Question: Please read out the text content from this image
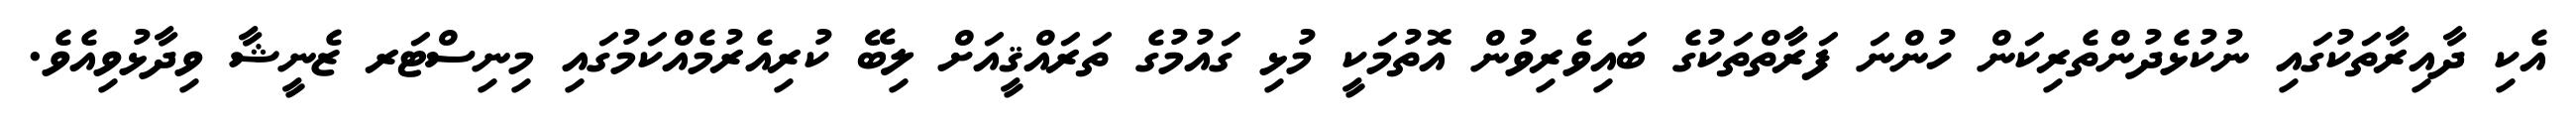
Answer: އެކި ދާއިރާތަކުގައި ނުކުޅެދުންތެރިކަން ހުންނަ ފަރާތްތަކުގެ ބައިވެރިވުން އޮތުމަކީ މުޅި ގައުމުގެ ތަރައްޤީއަށް ލިބޭ ކުރިއެރުމެއްކަމުގައި މިނިސްޓަރ ޒެނީޝާ ވިދާޅުވިއެވެ.